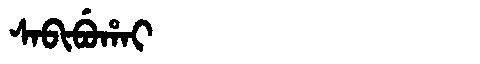
Manchu: ᠰᠠᠪᡳᠪᡠᡥᠠᡳ
Romanization: SABIBUHAI